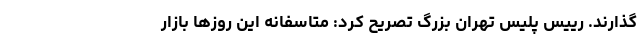
گذارند. رییس پلیس تهران بزرگ تصریح کرد: متاسفانه این روزها بازار